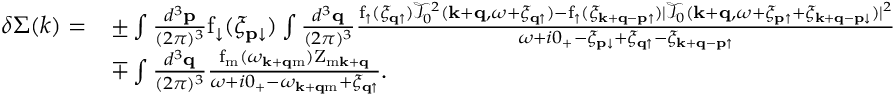
\begin{array} { r l } { \delta \Sigma ( k ) = } & { \pm \int \frac { d ^ { 3 } \mathbf { p } } { ( 2 \pi ) ^ { 3 } } \mathrm { f } _ { \downarrow } ( \xi _ { \mathbf { p } \downarrow } ) \int \frac { d ^ { 3 } \mathbf { q } } { ( 2 \pi ) ^ { 3 } } \frac { \mathrm { f } _ { \uparrow } ( \xi _ { \mathbf { q } \uparrow } ) \mathcal { T } _ { 0 } ^ { 2 } ( \mathbf { k } + \mathbf { q } , \omega + \xi _ { \mathbf { q } \uparrow } ) - \mathrm { f } _ { \uparrow } ( \xi _ { \mathbf { k } + \mathbf { q } - \mathbf { p } \uparrow } ) | \mathcal { T } _ { 0 } ( \mathbf { k } + \mathbf { q } , \omega + \xi _ { \mathbf { p } \uparrow } + \xi _ { \mathbf { k } + \mathbf { q } - \mathbf { p } \downarrow } ) | ^ { 2 } } { \omega + i 0 _ { + } - \xi _ { \mathbf { p } \downarrow } + \xi _ { \mathbf { q } \uparrow } - \xi _ { \mathbf { k } + \mathbf { q } - \mathbf { p } \uparrow } } } \\ & { \mp \int \frac { d ^ { 3 } \mathbf { q } } { ( 2 \pi ) ^ { 3 } } \frac { \mathrm { f } _ { \mathrm { m } } ( \omega _ { \mathbf { k } + \mathbf { q } \mathrm { m } } ) \mathrm { Z } _ { \mathrm { m } \mathbf { k } + \mathbf { q } } } { \omega + i 0 _ { + } - \omega _ { \mathbf { k } + \mathbf { q } \mathrm { m } } + \xi _ { \mathbf { q } \uparrow } } . } \end{array}